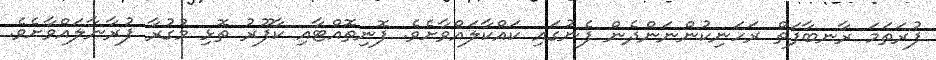
ފުރަތަމަ ރާނބާފަތް ރަހަނިކުންނަންދެން ފެނުގައި ކައްކާލައްވާށެވެ. ފޮނިތޮއްޓާއި ކާފޫރު ތޮޅި މުގުރާ ފުރާނާލައްވާށެވެ.